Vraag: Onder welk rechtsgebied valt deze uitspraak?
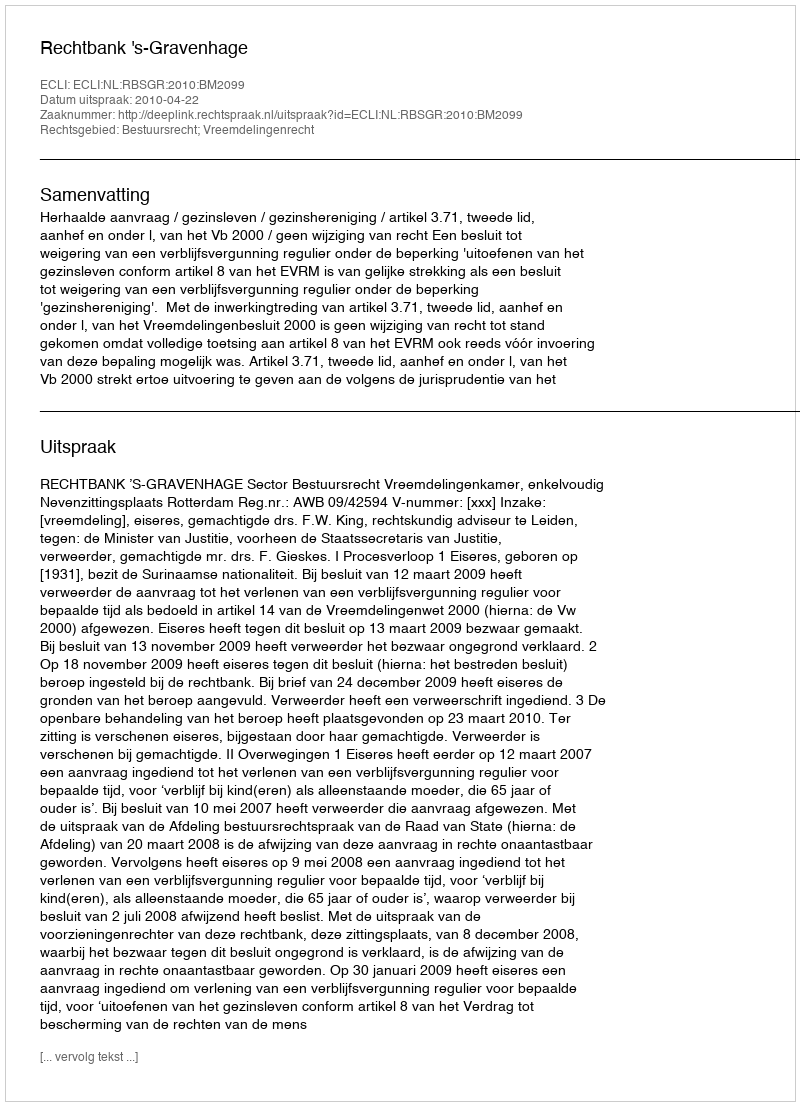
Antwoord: Bestuursrecht; Vreemdelingenrecht